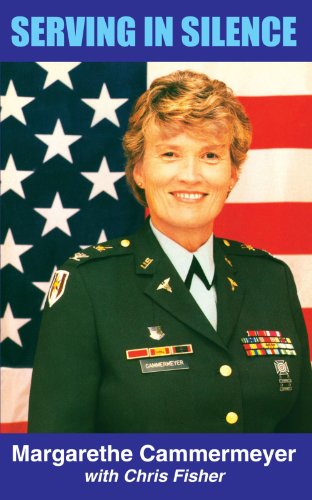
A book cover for Serving In Silence; Margarethe Cammermeyer; Gay & Lesbian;